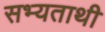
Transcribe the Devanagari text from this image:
सभ्यताथी